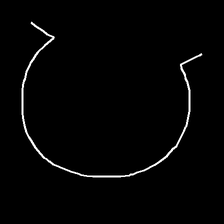
Glyph: weave